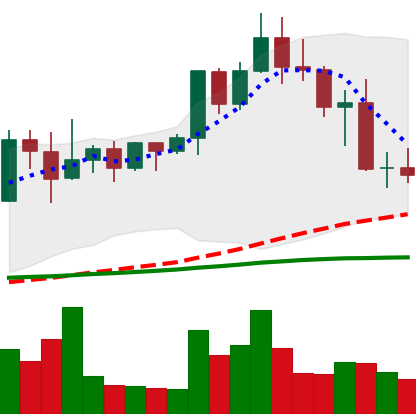
Ticker: XMR-USD
Chart end date: 2022-04-28
Forward return: -8.562%
Label: down_7plus